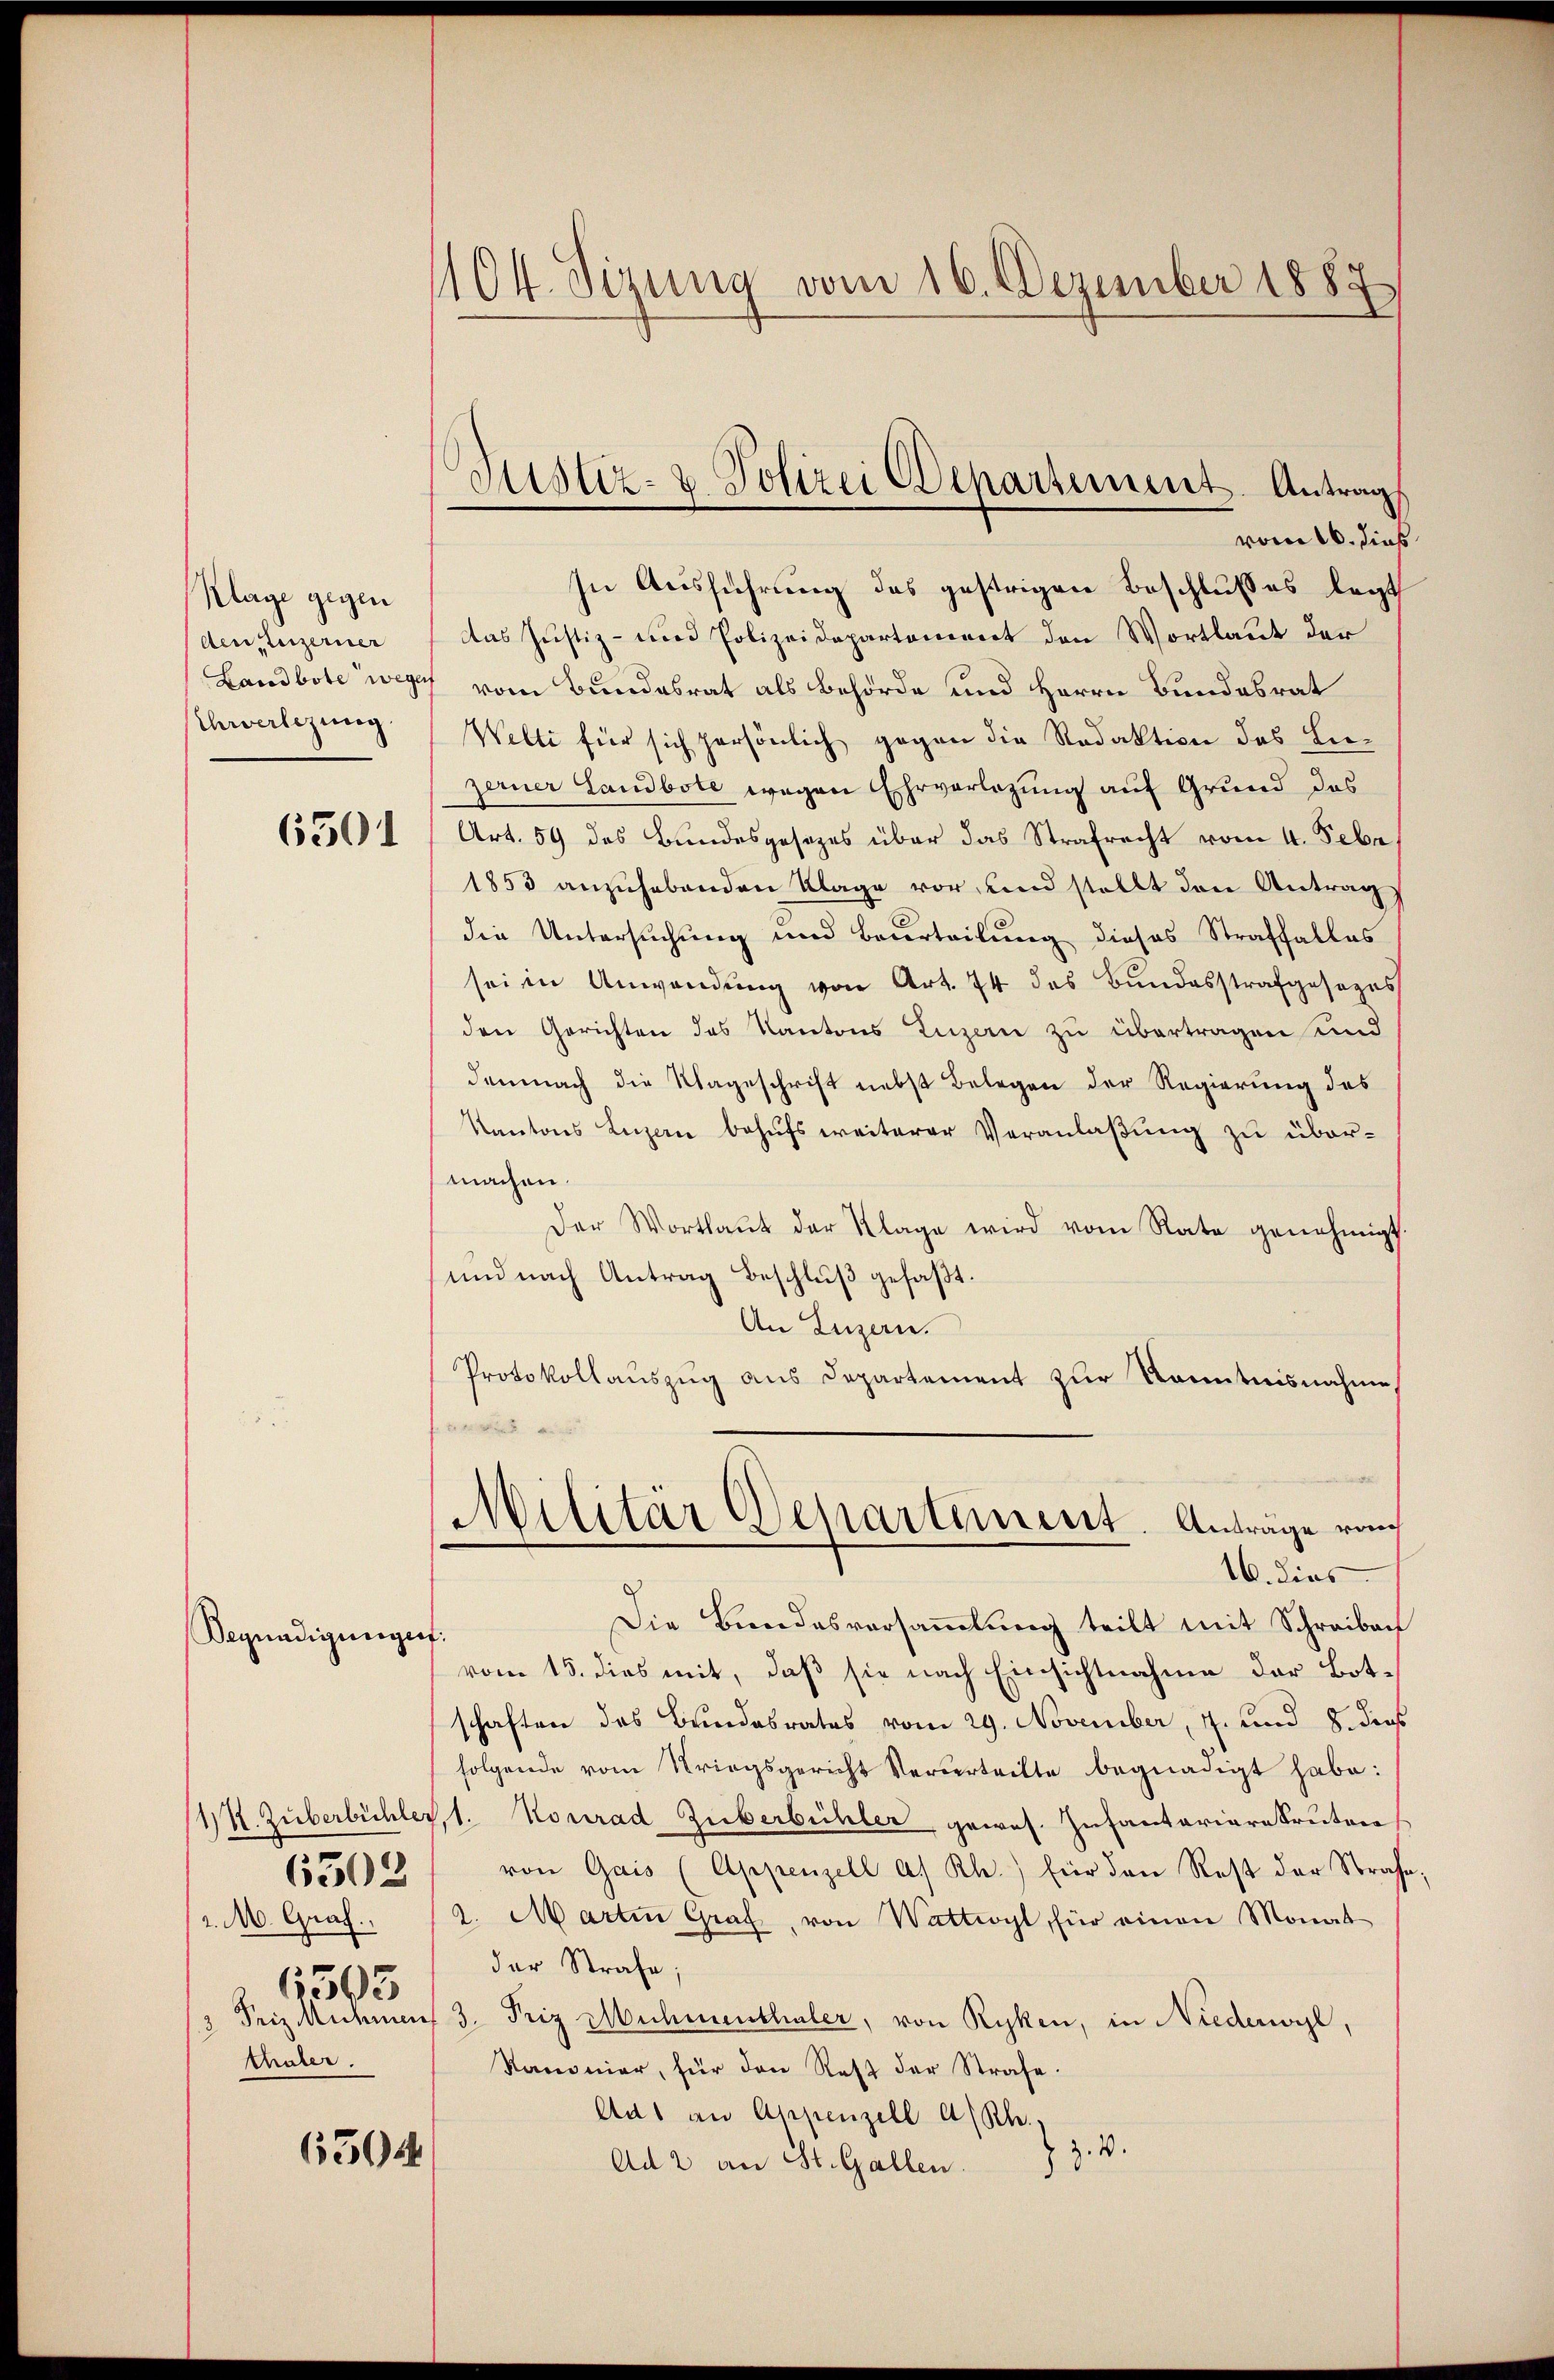
Klage gegen
den, Luzerner
Landbote wege
Ehrverlegung.
6501

Degnadigungen.

6503
2. M. Graf.
6503
thaler.

6504

104. Sizung vom 16. Dezember 1889

In Ausführung des gestrigen Beschlußes legt
das Justiz- und Polizeidepartement den Wortlaut der
7 vom Bundesrat als Behörde und Herrn Bundesrat
Welti für sich persönlich gegen die Redaktion das Liezerner Sandbote wegen Ehrverlegung auf Grund das
Art. 59 des Bundesgesezes über das Strafrecht vom 4. Febr.
1853 anzuhebenden Klage vor, und stellt den Antrag
die Untersuchung und Beurteilung dieses Straffalles
sei in Anwendung von Art. 74 des Bundesstrafgesezes
den Gerichten des Kantons Luzern zu übertragen und
demnach die Wageschrift nebst Belegen der Regierung des
Kantons Luzern behufs weiterer Veranlaßung zu übermachen.
Der Wortlaŭt der Klage wird vom Rate genehmigt
und nach Antrag Beschluß gefaßt.
An Luzern.
Protokollauszug aus Departement zur Kenntnisnahme
Militär Departement. Anträge von
16. dies
Die Bundesversammlung teilt mit Schreiben
vom 15. dies mit, daß sie nach Einsichtnahme der Botschaften des Bundesrates vom 29. November, 7. und 8. dies
folgende vom Kriegsgericht Verbertritte begnadigt habe:
1½. Zuberbüchler, 1. Konrad Zuberbühler, gewes. Infantariarekruten
von Gais (Appenzell A. Rh.) für den Rest der Strafe
a. Martin Graf, von Wattwyl für einen Monat
der Strafe;
3 Friz Muhmen 3. Friz Muhmenthaler, von Ryken, in Niederwyl,
Kanonier, für den Rest der Strafe.
Aus an Appenzell A/Rh.,
z. 4.
Ad 2 an St. Gallen.

Justiz- & Polizei Departement-Antrag
vom 16. dies